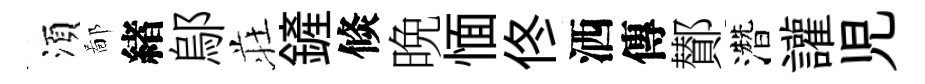
湏鄙緖鄔荘鏟倐晩愐佟洒傳鄼濳讙児